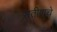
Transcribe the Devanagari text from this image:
सतीशचे